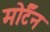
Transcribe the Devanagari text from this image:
मोर्टॅन